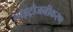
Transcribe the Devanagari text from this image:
नाइट्रोजनीकरण